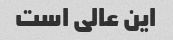
این عالی است